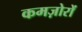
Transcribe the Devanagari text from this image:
कमज़ोरों